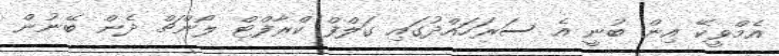
އެމްވީކޭ އިން ބުނީ އެ ސަރަހައްދުގައި ގަލްފް ކްރާފްޓް ލޯންޗް ދެން ބޭނުން